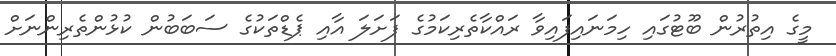
މީގެ އިތުރުން ބޫޓުގައި ހިމަނައިފައިވާ ރައްކާތެރިކަމުގެ ފަށަލަ އާއި ޕެޑްތަކުގެ ސަބަބުން ކުޅުންތެރިންނަށް